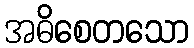
အဓိစေတသော